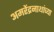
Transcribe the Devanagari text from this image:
अमरेंद्रनाथांच्या